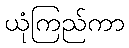
ယုံကြည်ကာ